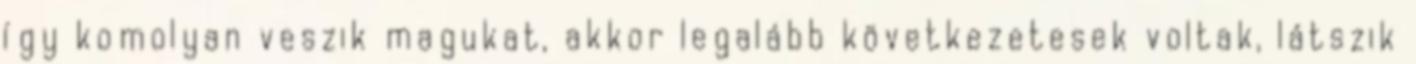
így komolyan veszik magukat, akkor legalább következetesek voltak, látszik